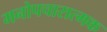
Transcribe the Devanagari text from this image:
मनोपचारात्मक